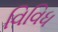
વિવિધ